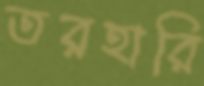
তরহারি